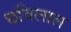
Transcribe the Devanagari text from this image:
छविलाल